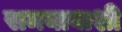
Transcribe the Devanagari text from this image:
समयावाशी